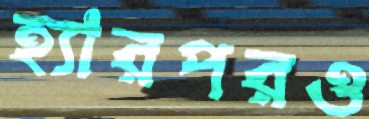
হ্যারপরও